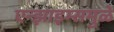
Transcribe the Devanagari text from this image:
एन्झाइम्समुळे